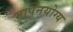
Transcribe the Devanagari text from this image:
मापनयोग्य